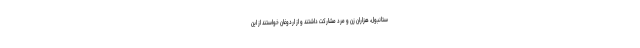
ستانبول، هزاران زن و مرد مشارکت داشتند و از اردوغان خواستند از این